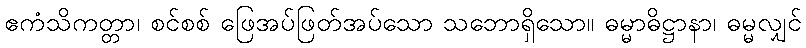
ဧကံသိကတ္တာ၊ စင်စစ် ဖြေအပ်ဖြတ်အပ်သော သဘောရှိသော။ ဓမ္မာဓိဋ္ဌာနာ၊ ဓမ္မလျှင်